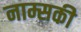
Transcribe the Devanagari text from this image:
नाम्सकी